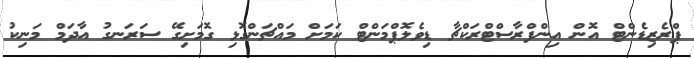
ޕްރެޒިޑެންޓް އޮން އިންފްރާސްޓްރަކްޗާ ޑިވެލޮޕްމަންޓް ކަމަށް މައްޗަންގޮޅި ގޮމަށިގޭ ސަރަނގު އާދަމް މަނިކު